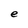
Character: e